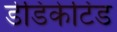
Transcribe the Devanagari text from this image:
डेडिकेटिड